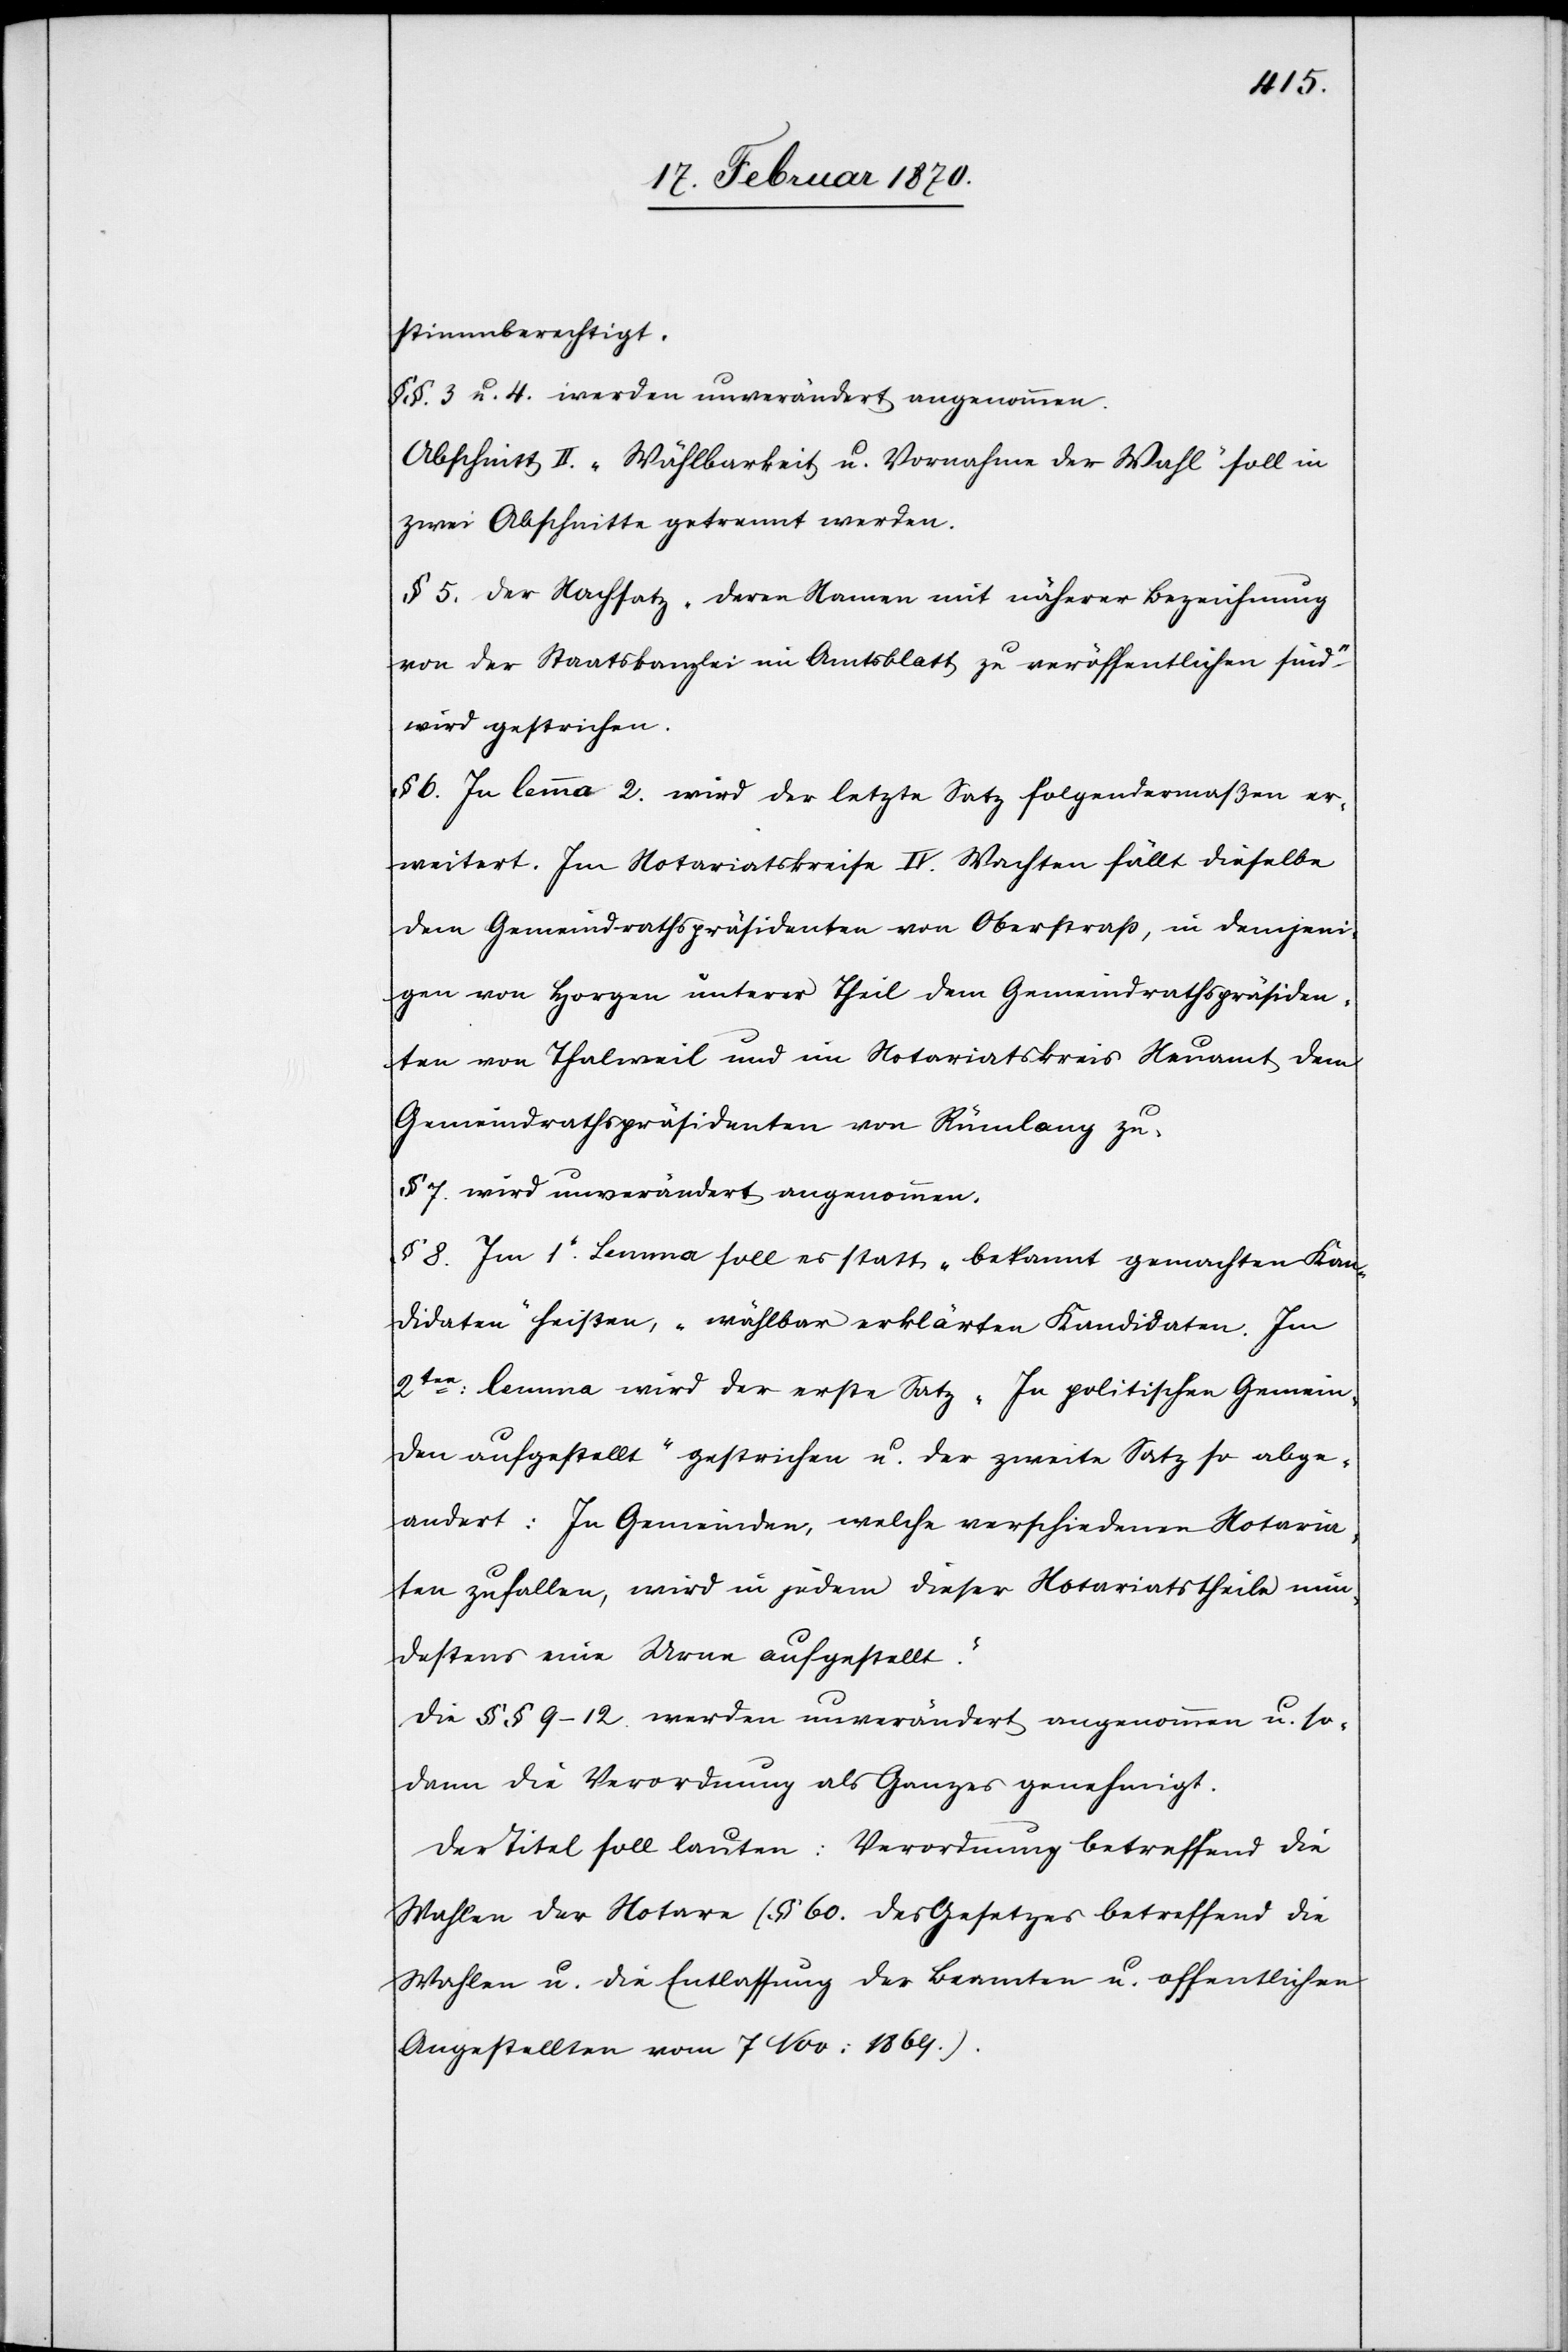
stimmberechtigt.
§§. 3 u. 4. werden unverändert angenommen.
Abschnitt II. „Wählbarkeit u. Vornahme der Wahl“ soll in
zwei Abschnitte getrennt werden.
§ 5. Der Nachsatz „deren Namen mit näherer Bezeichnung
von der Staatskanzlei im Amtsblatt zu veröffentlichen sind“
wird gestrichen.
§ 6. In lemma 2. wird der letzte Satz folgendermaßen er¬
weitert. Im Notariatskreise IV. Wachten fällt dieselbe
dem Gemeindrathspräsidenten von Oberstrass, in demjeni¬
gen von Horgen unterer Theil dem Gemeindrathspräsiden¬
ten von Thalweil und im Notariatskreis Neuamt dem
Gemeindrathspräsidenten von Rümlang zu.
§ 7. wird unverändert angenommen.
§ 8. Im 1t. Lemma soll es statt „bekannt gemachten Kan¬
didaten“ heißen, „wählbar erklärten Kandidaten“. Im
2ten: lemma wird der erste Satz „Im politischen Gemein¬
den aufgestellt“ gestrichen u. der zweite Satz so abge¬
andert [sic!]: „In Gemeinden, welche verschiedenen Notaria¬
ten zufallen, wird in jedem dieser Notariatstheile min¬
destens eine Urne aufgestellt.“
Die §§ 9–12 werden unverändert angenommen u. so¬
dann die Verordnung als Ganzes genehmigt.
Der Titel soll lauten: Verordnung betreffend die
Wahlen der Notare (§ 60. des Gesetzes betreffend die
Wahlen u. die Entlassung der Beamten u. offentlichen
Angestellten vom 7 Nov: 1869.).